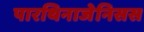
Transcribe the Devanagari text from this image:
पारथिनाजेनिसस